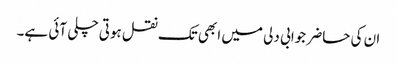
ان کی حاضر جوابی دلی میں ابھی تک نقل ہوتی چلی آئی ہے۔